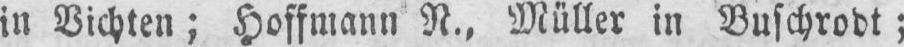
in Vichten; Hoffmann N.‚ Müller in Buschrodt;